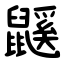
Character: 鼷